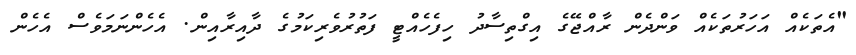
"އެތަކެއް އަހަރުތަކެއް ވަންދެން ރާއްޖޭގެ އިގްތިސާދު ހިފެހެއްޓީ ފަތުރުވެރިކަމުގެ ދާއިރާއިން. އެހެންނަމަވެސް އެހެން